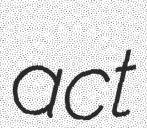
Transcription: act